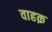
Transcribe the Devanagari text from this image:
वाहक़